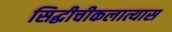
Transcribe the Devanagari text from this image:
सिद्धीचीकलात्यास